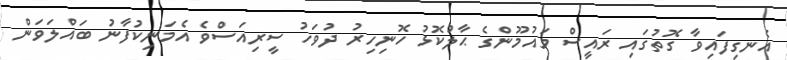
އެނގިފައިވާ ގޮތުގައި ރައީސް މައުމޫންގެ ޙާލުކޮޅު ހޮނިހިރު ދުވަހު ސީރިއަސްވެ އެމަނިކުފާނު ބައްލަވަން